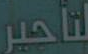
لتأجير